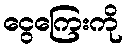
ငွေကြေးကို